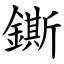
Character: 鐁